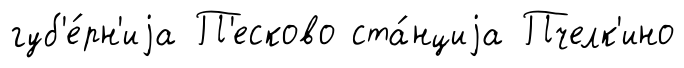
губ'е́рн'иjа П'есково ста́нциjа Пчелк'ино